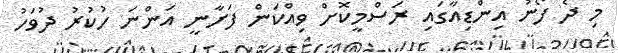
މި ދެ ފޯނު އިންޑިއާގައި ރަސްމީކޮށް ވިއްކަން ފަށާނީ އަންނަ ހުކުރު ދުވަހު